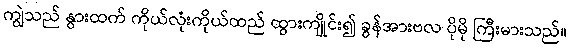
ကျွဲသည် နွားထက် ကိုယ်လုံးကိုယ်ထည် ထွားကျိုင်း၍ ခွန်အားဗလ ပိုမို ကြီးမားသည်။